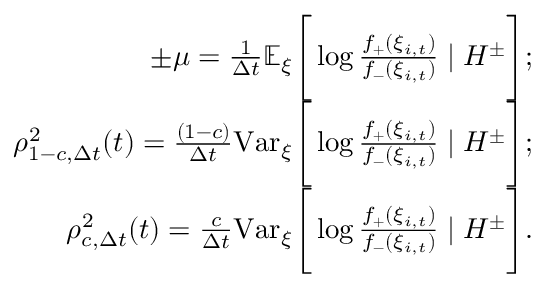
\begin{array} { r } { \pm \mu = \frac { 1 } { \Delta t } \mathbb { E } _ { \xi } \Bigg [ \log { \frac { f _ { + } ( \xi _ { i , t } ) } { f _ { - } ( \xi _ { i , t } ) } } \mid H ^ { \pm } \Bigg ] ; } \\ { \rho _ { 1 - c , \Delta t } ^ { 2 } ( t ) = \frac { ( 1 - c ) } { \Delta t } \mathrm { V a r } _ { \xi } \Bigg [ \log { \frac { f _ { + } ( \xi _ { i , t } ) } { f _ { - } ( \xi _ { i , t } ) } } \mid H ^ { \pm } \Bigg ] ; } \\ { \rho _ { c , \Delta t } ^ { 2 } ( t ) = \frac { c } { \Delta t } \mathrm { V a r } _ { \xi } \Bigg [ \log { \frac { f _ { + } ( \xi _ { i , t } ) } { f _ { - } ( \xi _ { i , t } ) } } \mid H ^ { \pm } \Bigg ] . } \end{array}